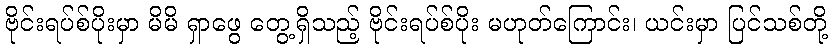
ဗိုင်းရပ်စ်ပိုးမှာ မိမိ ရှာဖွေ တွေ့ရှိသည့် ဗိုင်းရပ်စ်ပိုး မဟုတ်ကြောင်း၊ ယင်းမှာ ပြင်သစ်တို့